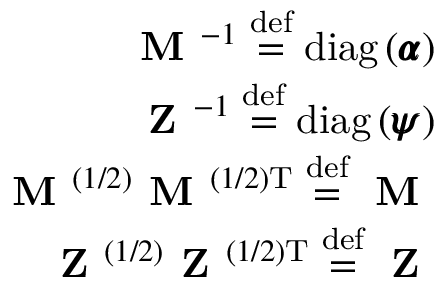
\begin{array} { r } { \textbf { M } ^ { - 1 } \stackrel { \mathrm { d e f } } { = } \mathrm { d i a g } \left( \pmb { \alpha } \right) } \\ { \textbf { Z } ^ { - 1 } \stackrel { \mathrm { d e f } } { = } \mathrm { d i a g } \left( \pmb { \psi } \right) } \\ { \textbf { M } ^ { ( 1 / 2 ) } \textbf { M } ^ { ( 1 / 2 ) \mathrm { T } } \stackrel { \mathrm { d e f } } { = } \textbf { M } } \\ { \textbf { Z } ^ { ( 1 / 2 ) } \textbf { Z } ^ { ( 1 / 2 ) \mathrm { T } } \stackrel { \mathrm { d e f } } { = } \textbf { Z } } \end{array}